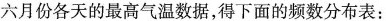
六月份各天的最高气温数据，得下面的频数分布表：